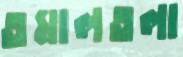
তমালতলা